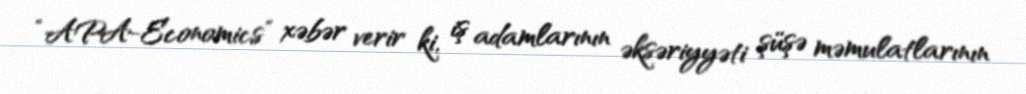
“APA-Economics” xəbər verir ki, iş adamlarının əksəriyyəti şüşə məmulatlarının